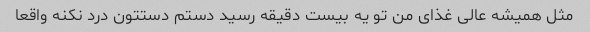
مثل همیشه عالی غذای من تو یه بیست دقیقه رسید دستم دستتون درد نکنه واقعا